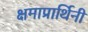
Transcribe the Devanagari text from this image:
क्षमाप्रार्थिनी